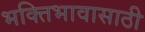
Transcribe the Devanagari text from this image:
भक्तिभावासाठी